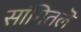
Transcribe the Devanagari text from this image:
सांगितलॆ